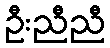
ဦးညီညီ